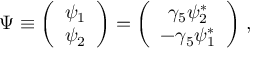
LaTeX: \Psi \equiv \left( \begin{array} { c } { { \psi _ { 1 } } } \\ { { \psi _ { 2 } } } \end{array} \right) = \left( \begin{array} { c } { { \gamma _ { 5 } \psi _ { 2 } ^ { * } } } \\ { { - \gamma _ { 5 } \psi _ { 1 } ^ { * } } } \end{array} \right) \, ,